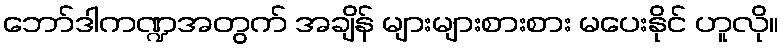
ဘော်ဒါကဏ္ဍအတွက် အချိန် များများစားစား မပေးနိုင် ဟူလို။